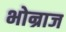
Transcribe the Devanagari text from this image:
भोन्राज